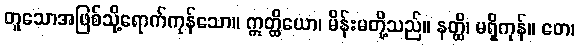
တူသောအဖြစ်သို့ရောက်ကုန်သော။ ဣတ္ထိယော၊ မိန်းမတို့သည်။ နတ္ထိ၊ မရှိကုန်။ တေ၊